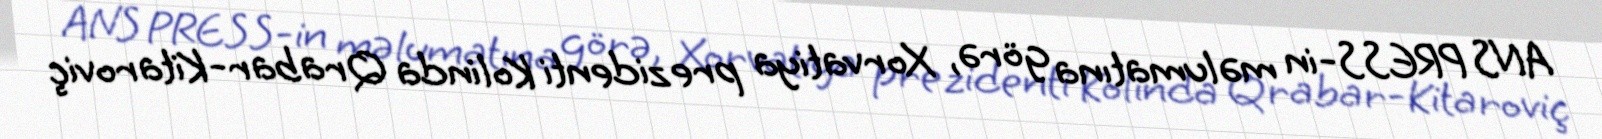
ANS PRESS-in məlumatına görə, Xorvatiya prezidenti Kolinda Qrabar-Kitaroviç